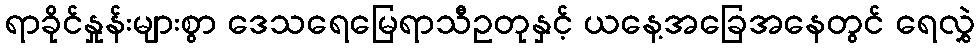
ရာခိုင်နှုန်းများစွာ ဒေသရေမြေရာသီဥတုနှင့် ယနေ့အခြေအနေတွင် ရေလွှဲ